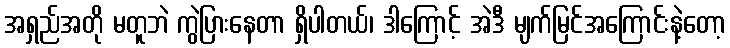
အရှည်အတို မတူဘဲ ကွဲပြားနေတာ ရှိပါတယ်၊ ဒါကြောင့် အဲဒီ မျက်မြင်အကြောင်းနဲ့တော့